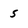
Character: 5